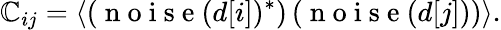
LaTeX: \mathbb{C}_{ij}=\langle\left(\mathrm{{~n~o~i~s~e~}}(d[i])^{*}\right)\left(\mathrm{{~n~o~i~s~e~}}(d[j])\right)\rangle.